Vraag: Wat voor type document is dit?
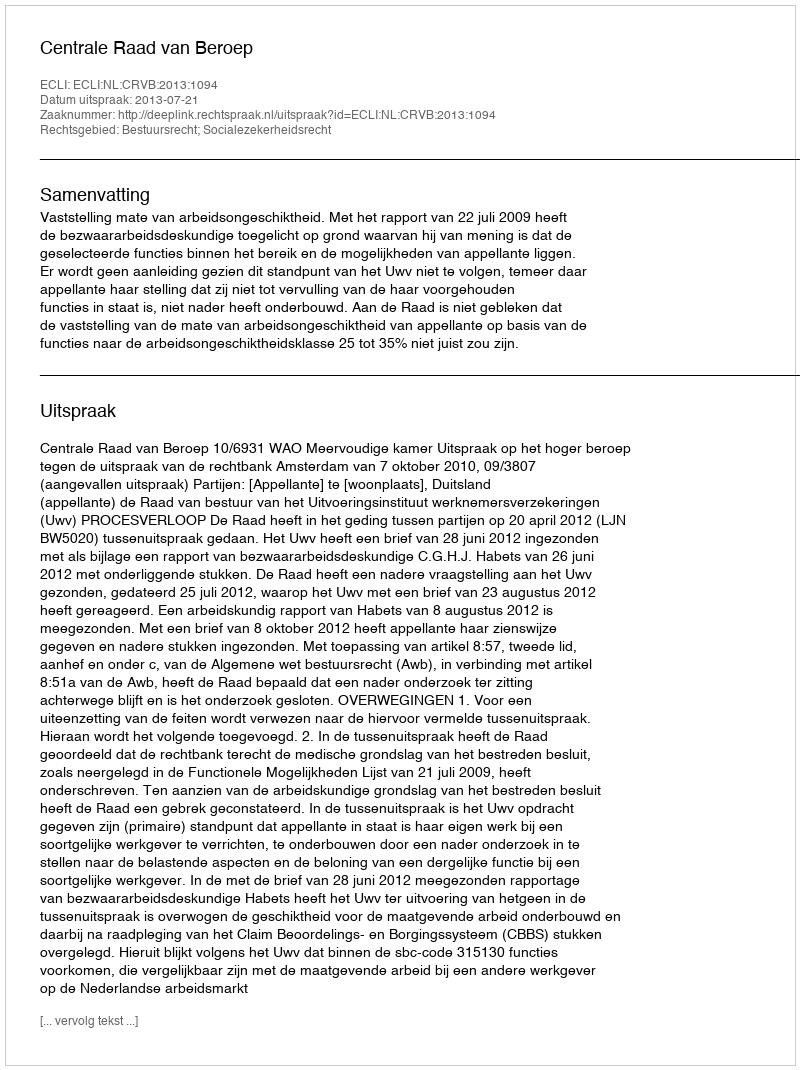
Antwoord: Uitspraak